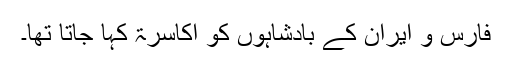
فارس و ایران کے بادشاہوں کو اَکَاسِرَۃ کہا جاتا تھا۔